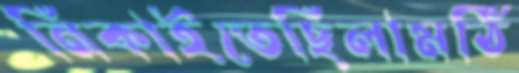
নিকাইতেছিলামঠি